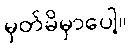
မှတ်မိမှာပေါ့။